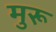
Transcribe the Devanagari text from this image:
मुरू